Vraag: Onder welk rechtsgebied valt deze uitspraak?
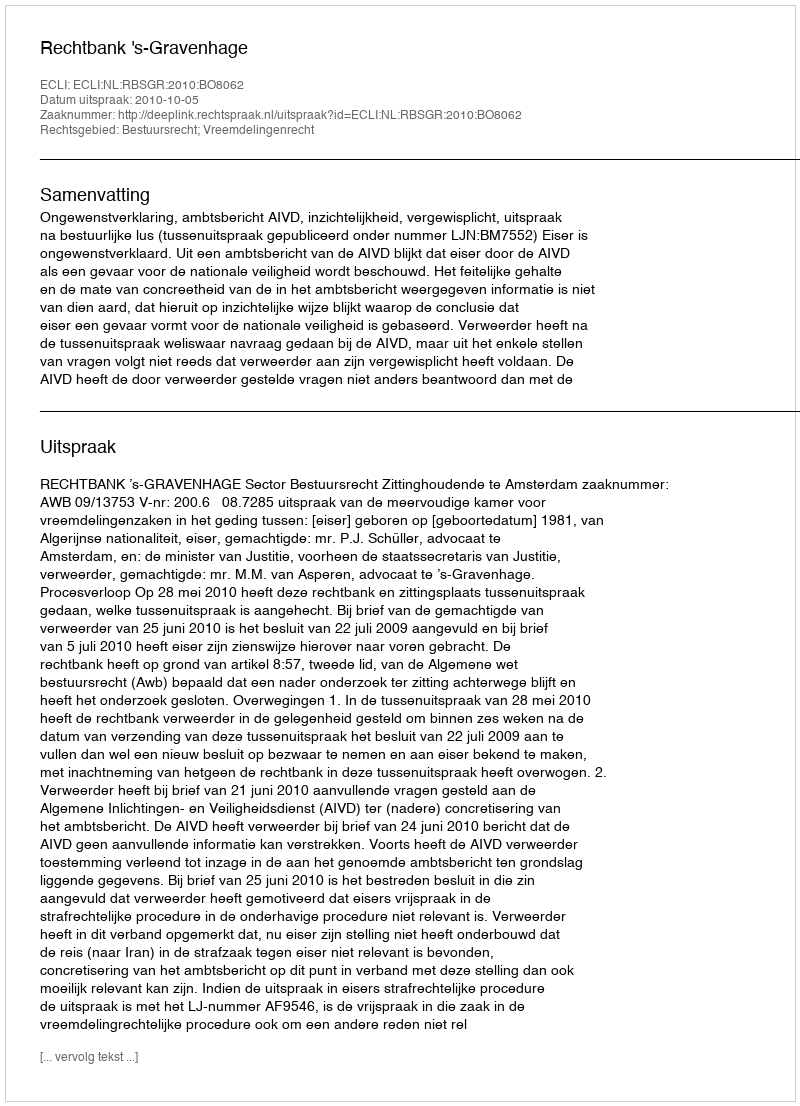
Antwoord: Bestuursrecht; Vreemdelingenrecht